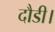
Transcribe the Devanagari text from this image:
दौडी।